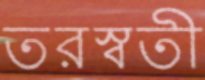
তরস্বতী